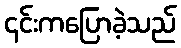
၎င်းကပြောခဲ့သည်